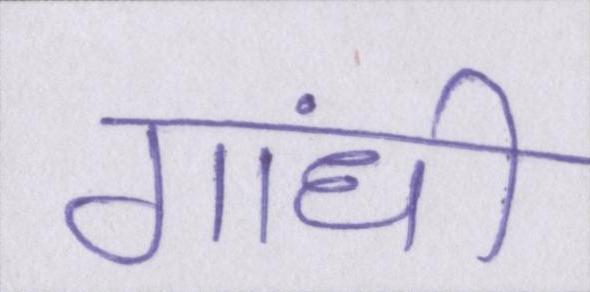
गांधी